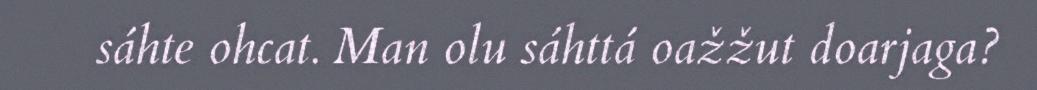
sáhte ohcat. Man olu sáhttá oažžut doarjaga?